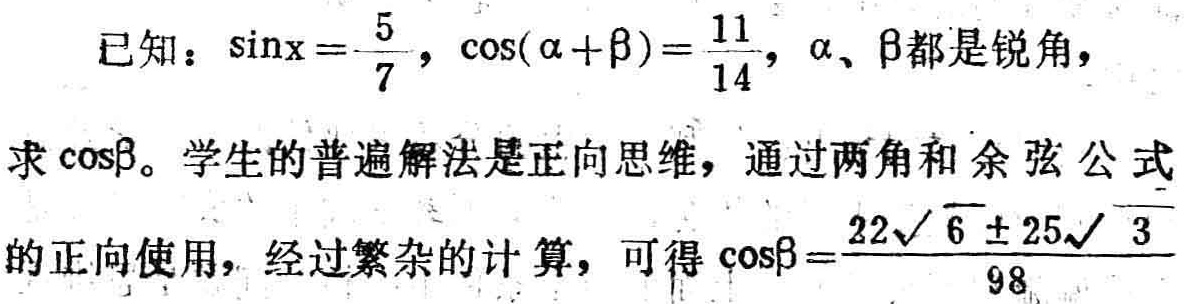
已知：\(\sin x = \frac{5}{7}\)，\(\cos(\alpha + \beta) = \frac{11}{14}\)，\(\alpha\)、\(\beta\)都是锐角，求\(\cos\beta\)。学生的普遍解法是正向思维，通过两角和余弦公式的正向使用，经过繁杂的计算，可得\(\cos\beta = \frac{22\sqrt{6} \pm 25\sqrt{3}}{98}\)